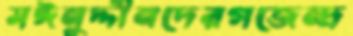
মঈনুদ্দীনদেরগজেন্দ্র